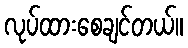
လုပ်ထားစေချင်တယ်။